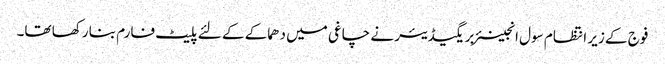
فوج کے زیر انتظام سول انجینئر بریگیڈیئر نے چاغی میں دھماکے کے لئے پلیٹ فارم بنا رکھا تھا۔